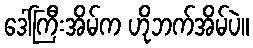
ဒေါ်ကြီးအိမ်က ဟိုဘက်အိမ်ပဲ။